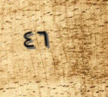
٤٦